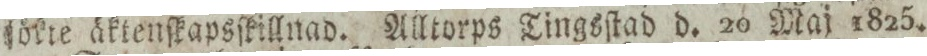
ſökte äktenſkapsſkillnad. Alltorps Tingsſtad d. 20 Maj 1825.